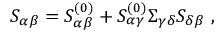
S _ { \alpha \beta } = S _ { \alpha \beta } ^ { ( 0 ) } + S _ { \alpha \gamma } ^ { ( 0 ) } \Sigma _ { \gamma \delta } S _ { \delta \beta } \ ,